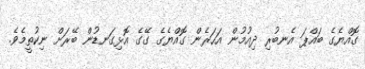
ގޮއްޔެގެ ބައްޕަ އެނބުރި ދިއުމުން އަހަރެން ގޮއްޔެގެ ގޭގެ އޮޅިގަނޑުން ބޭރަށް ނިކުތީމެވެ.